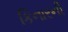
કિનારની